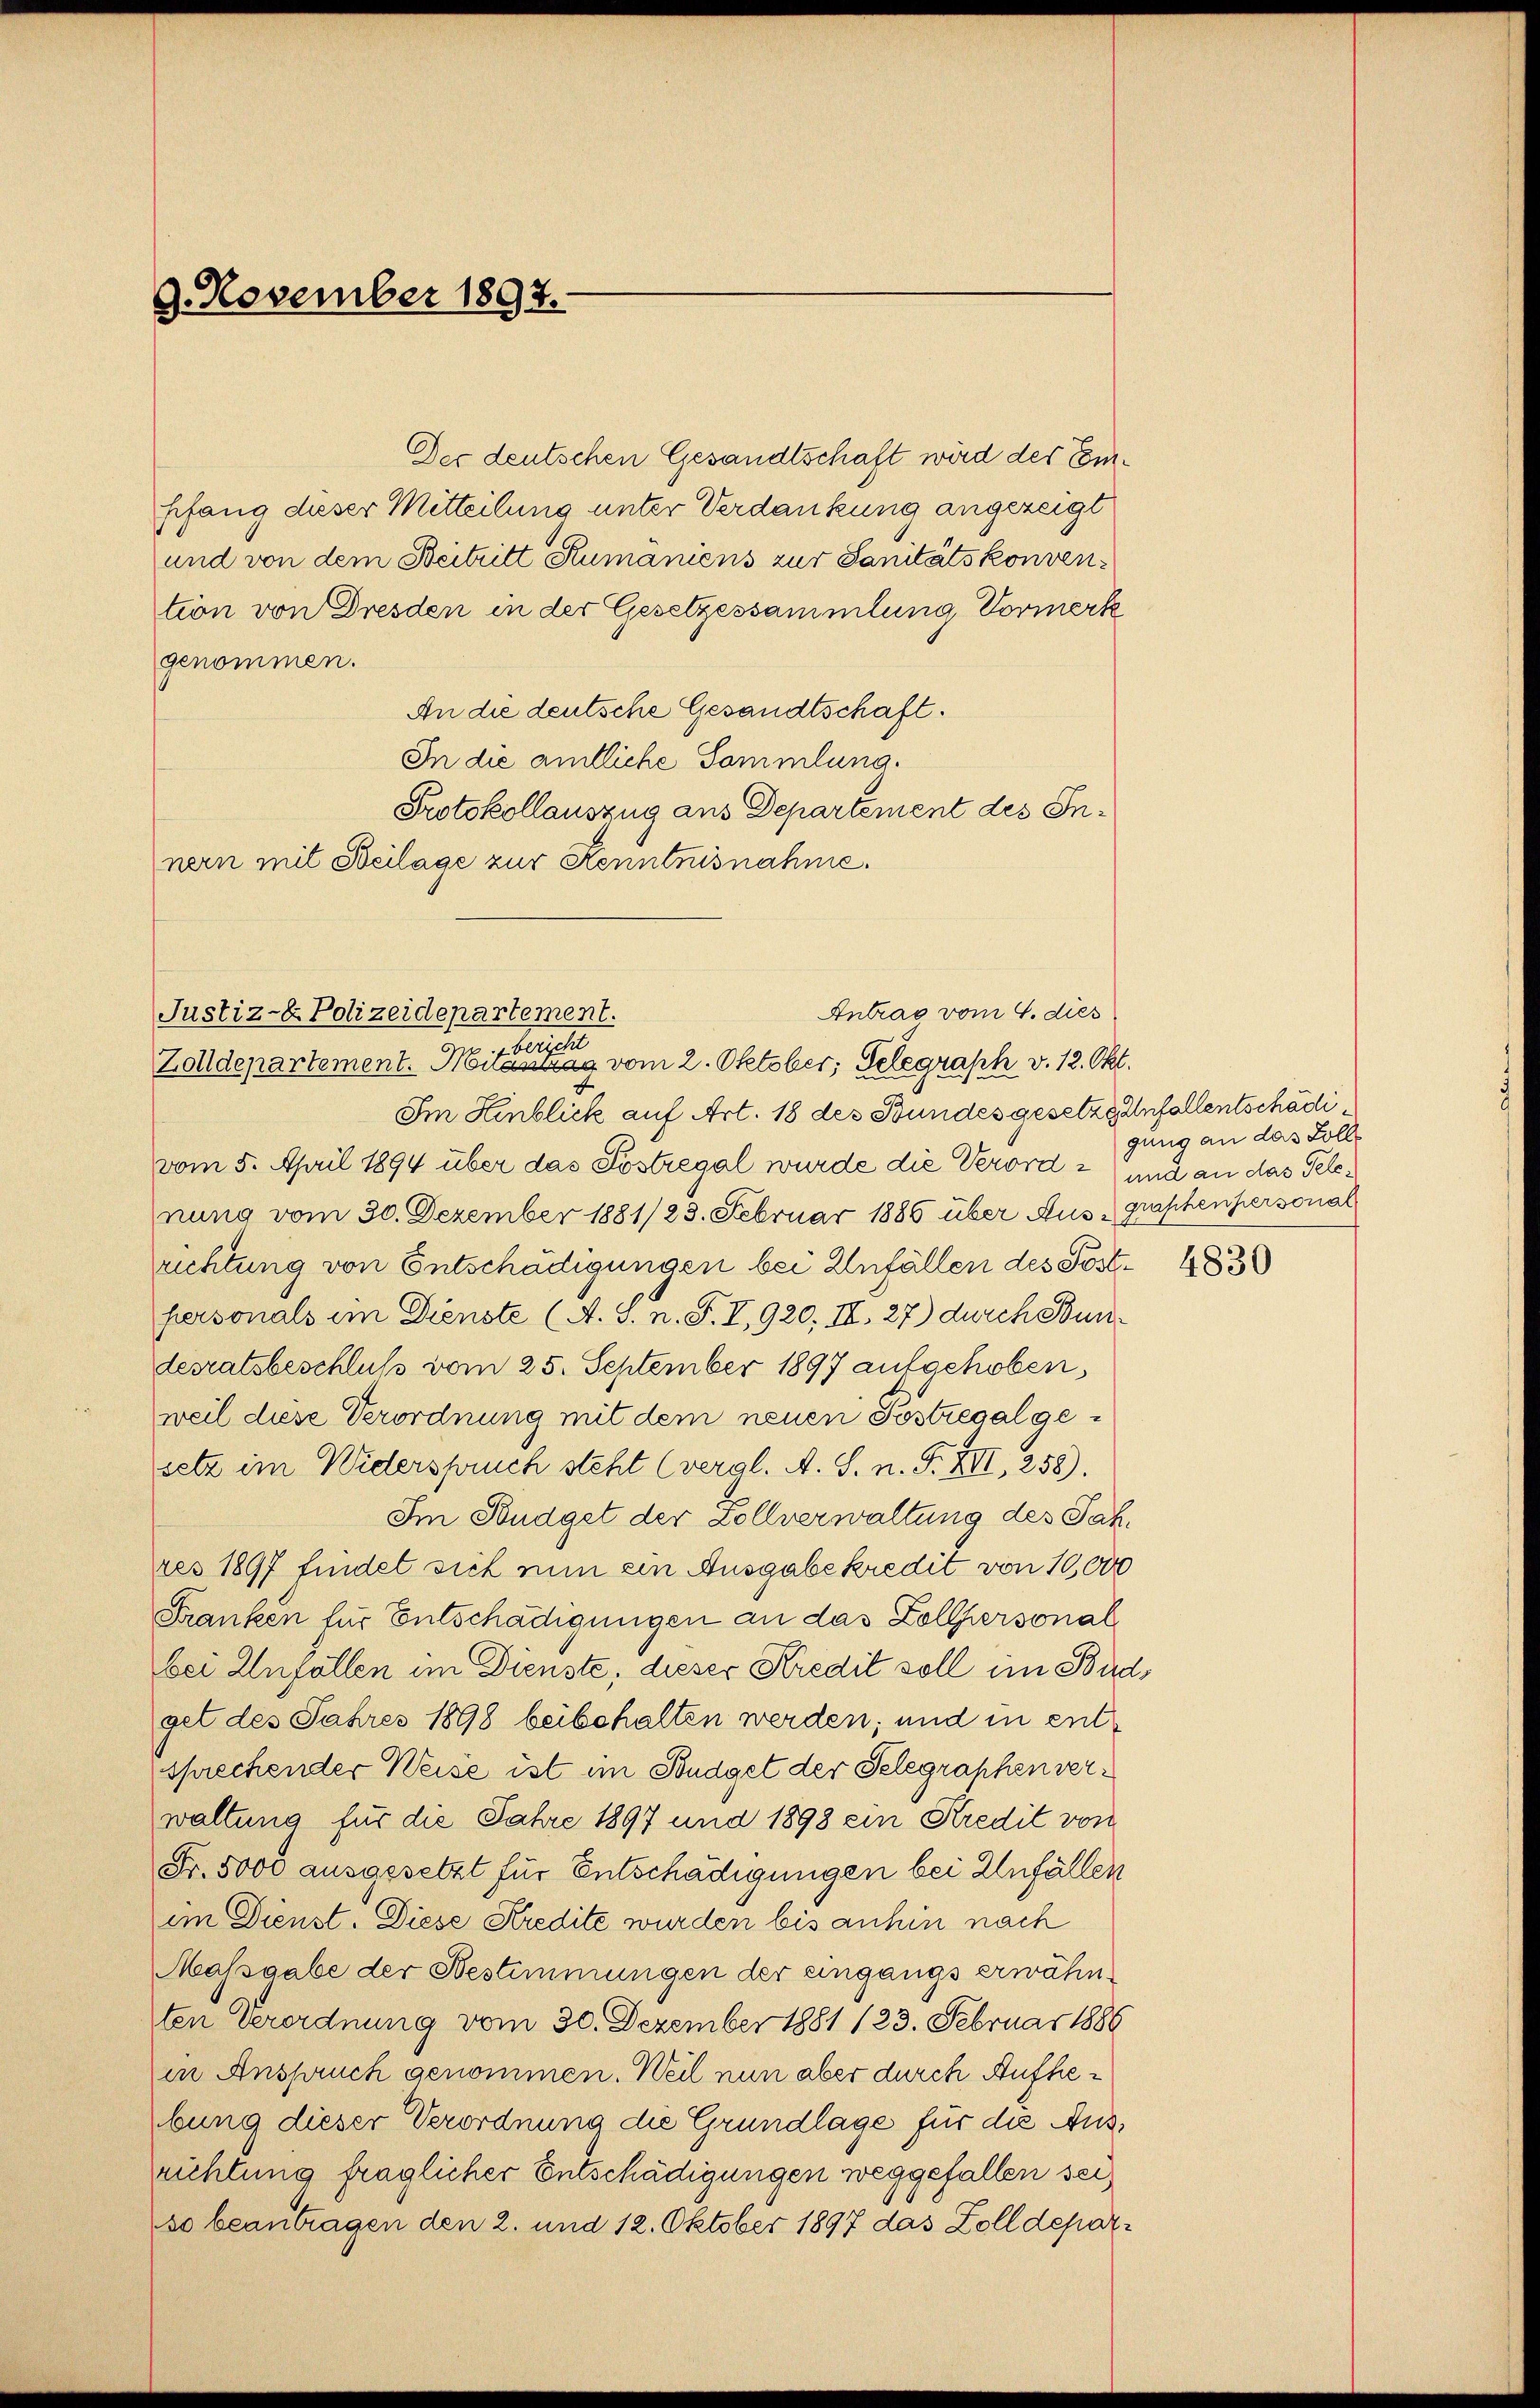
9. November 1897.

Der deutschen Gesandtschaft wird des Emhfang dieser Mitteilung unter Verdankung angezeigt
und von dem Beitritt Rumäniens zur Sanitätskonvention von Dresden in der Gesetzessammlung Vormerk
genommen.
An die deutsche Gesandtschaft.
In die amtliche Sammlung.
Protokollauszug aus Departement des Innern mit Heilage zur Kenntnisnahme.

Antrag vom 4. dies
Justiz- & Polizeidepartement.
z. bericht
Zolldepartement. Mitantrag vom 2. Oktober, Gelegraph v. 12. Okt.

Im Hinblick auf Art. 18 des Bundes gesetze Anfallentschädivom 5. April 1894 über das Sostregal wurde die Verord 2 und an das Telenung vom 30. Dezember 1881/23. Februar 1886 über Ausgraphenpersonal
richtung von Entschädigungen bei Anfällen des Posthersonals im Dienste (A. S. n. F. I, 920, II, 27) durch Bundesratsbeschluß vom 25. September 1897 aufgehoben,
weil diese Verordnung mit dem neuen Postregal gesetz im Widerspruch steht (vergl. A. S. n. F. XIII, 258).
Im Budget der Zollverwaltung des Jahres 1897 findet sich nun ein Ausgabe kredit von 10,000
Franken für Entschädigungen an das Zollpersonal
bei Anfallen im Dienste, dieser Kredit soll im Bud
get des Jahres 1898 beibehalten werden; und in entsprechender Weise ist im Budget der Gelegraphen verwaltung für die Jahre 1897 und 1898 ein Kredit von
Fr. 5000 ausgesetzt für Entschädigungen bei Anfällen
im Dienst. Diese Kredite wurden bis anhin nach
Massgabe der Bestimmungen der eingangs erwähnten Verordnung vom 30. Dezember 1881 123. Februar 1886
in Anspruch genommen. Weil nun aber durch Aufhebung dieser Verordnung die Grundlage für die Ausrichtung fraglicher Entschädigungen weggefallen sei,
so beantragen den 2. und 12. Oktober 1897 das Zolldepar¬

gung an das Solle

4830